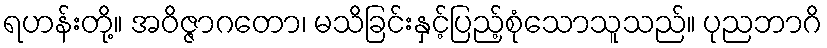
ရဟန်းတို့။ အဝိဇ္ဇာဂတော၊ မသိခြင်းနှင့်ပြည့်စုံသောသူသည်။ ပုညဘာဂိ